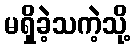
မရှိခဲ့သကဲ့သို့